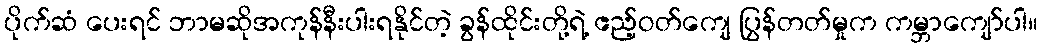
ပိုက်ဆံ ပေးရင် ဘာမဆိုအကုန်နီးပါးရနိုင်တဲ့ ခွန်ထိုင်းတို့ရဲ့ ဧည့်ဝတ်ကျေ ပြွန်တတ်မှုက ကမ္ဘာကျော်ပါ။